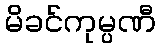
မိခင်ကုမ္ပဏီ